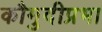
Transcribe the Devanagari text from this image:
कौमुदीप्रभा